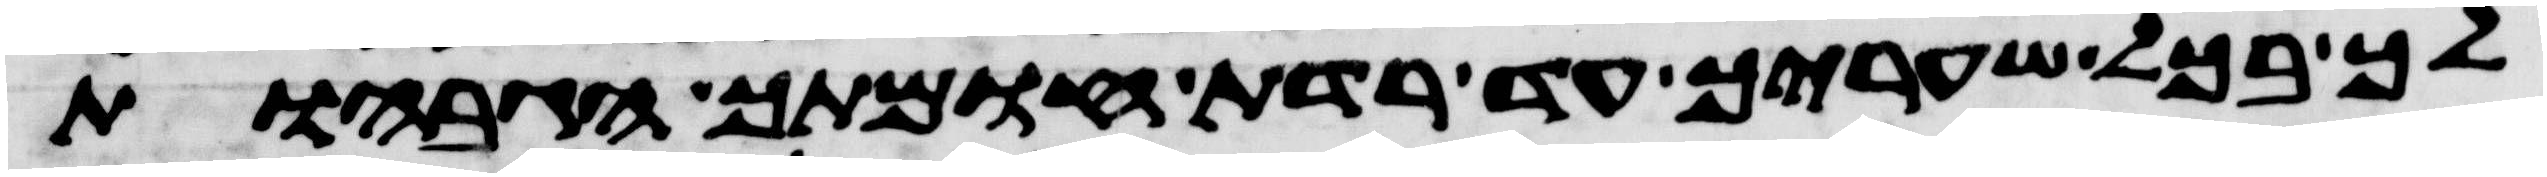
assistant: לך בכל שעריך עד רדת חומתך הגבחות